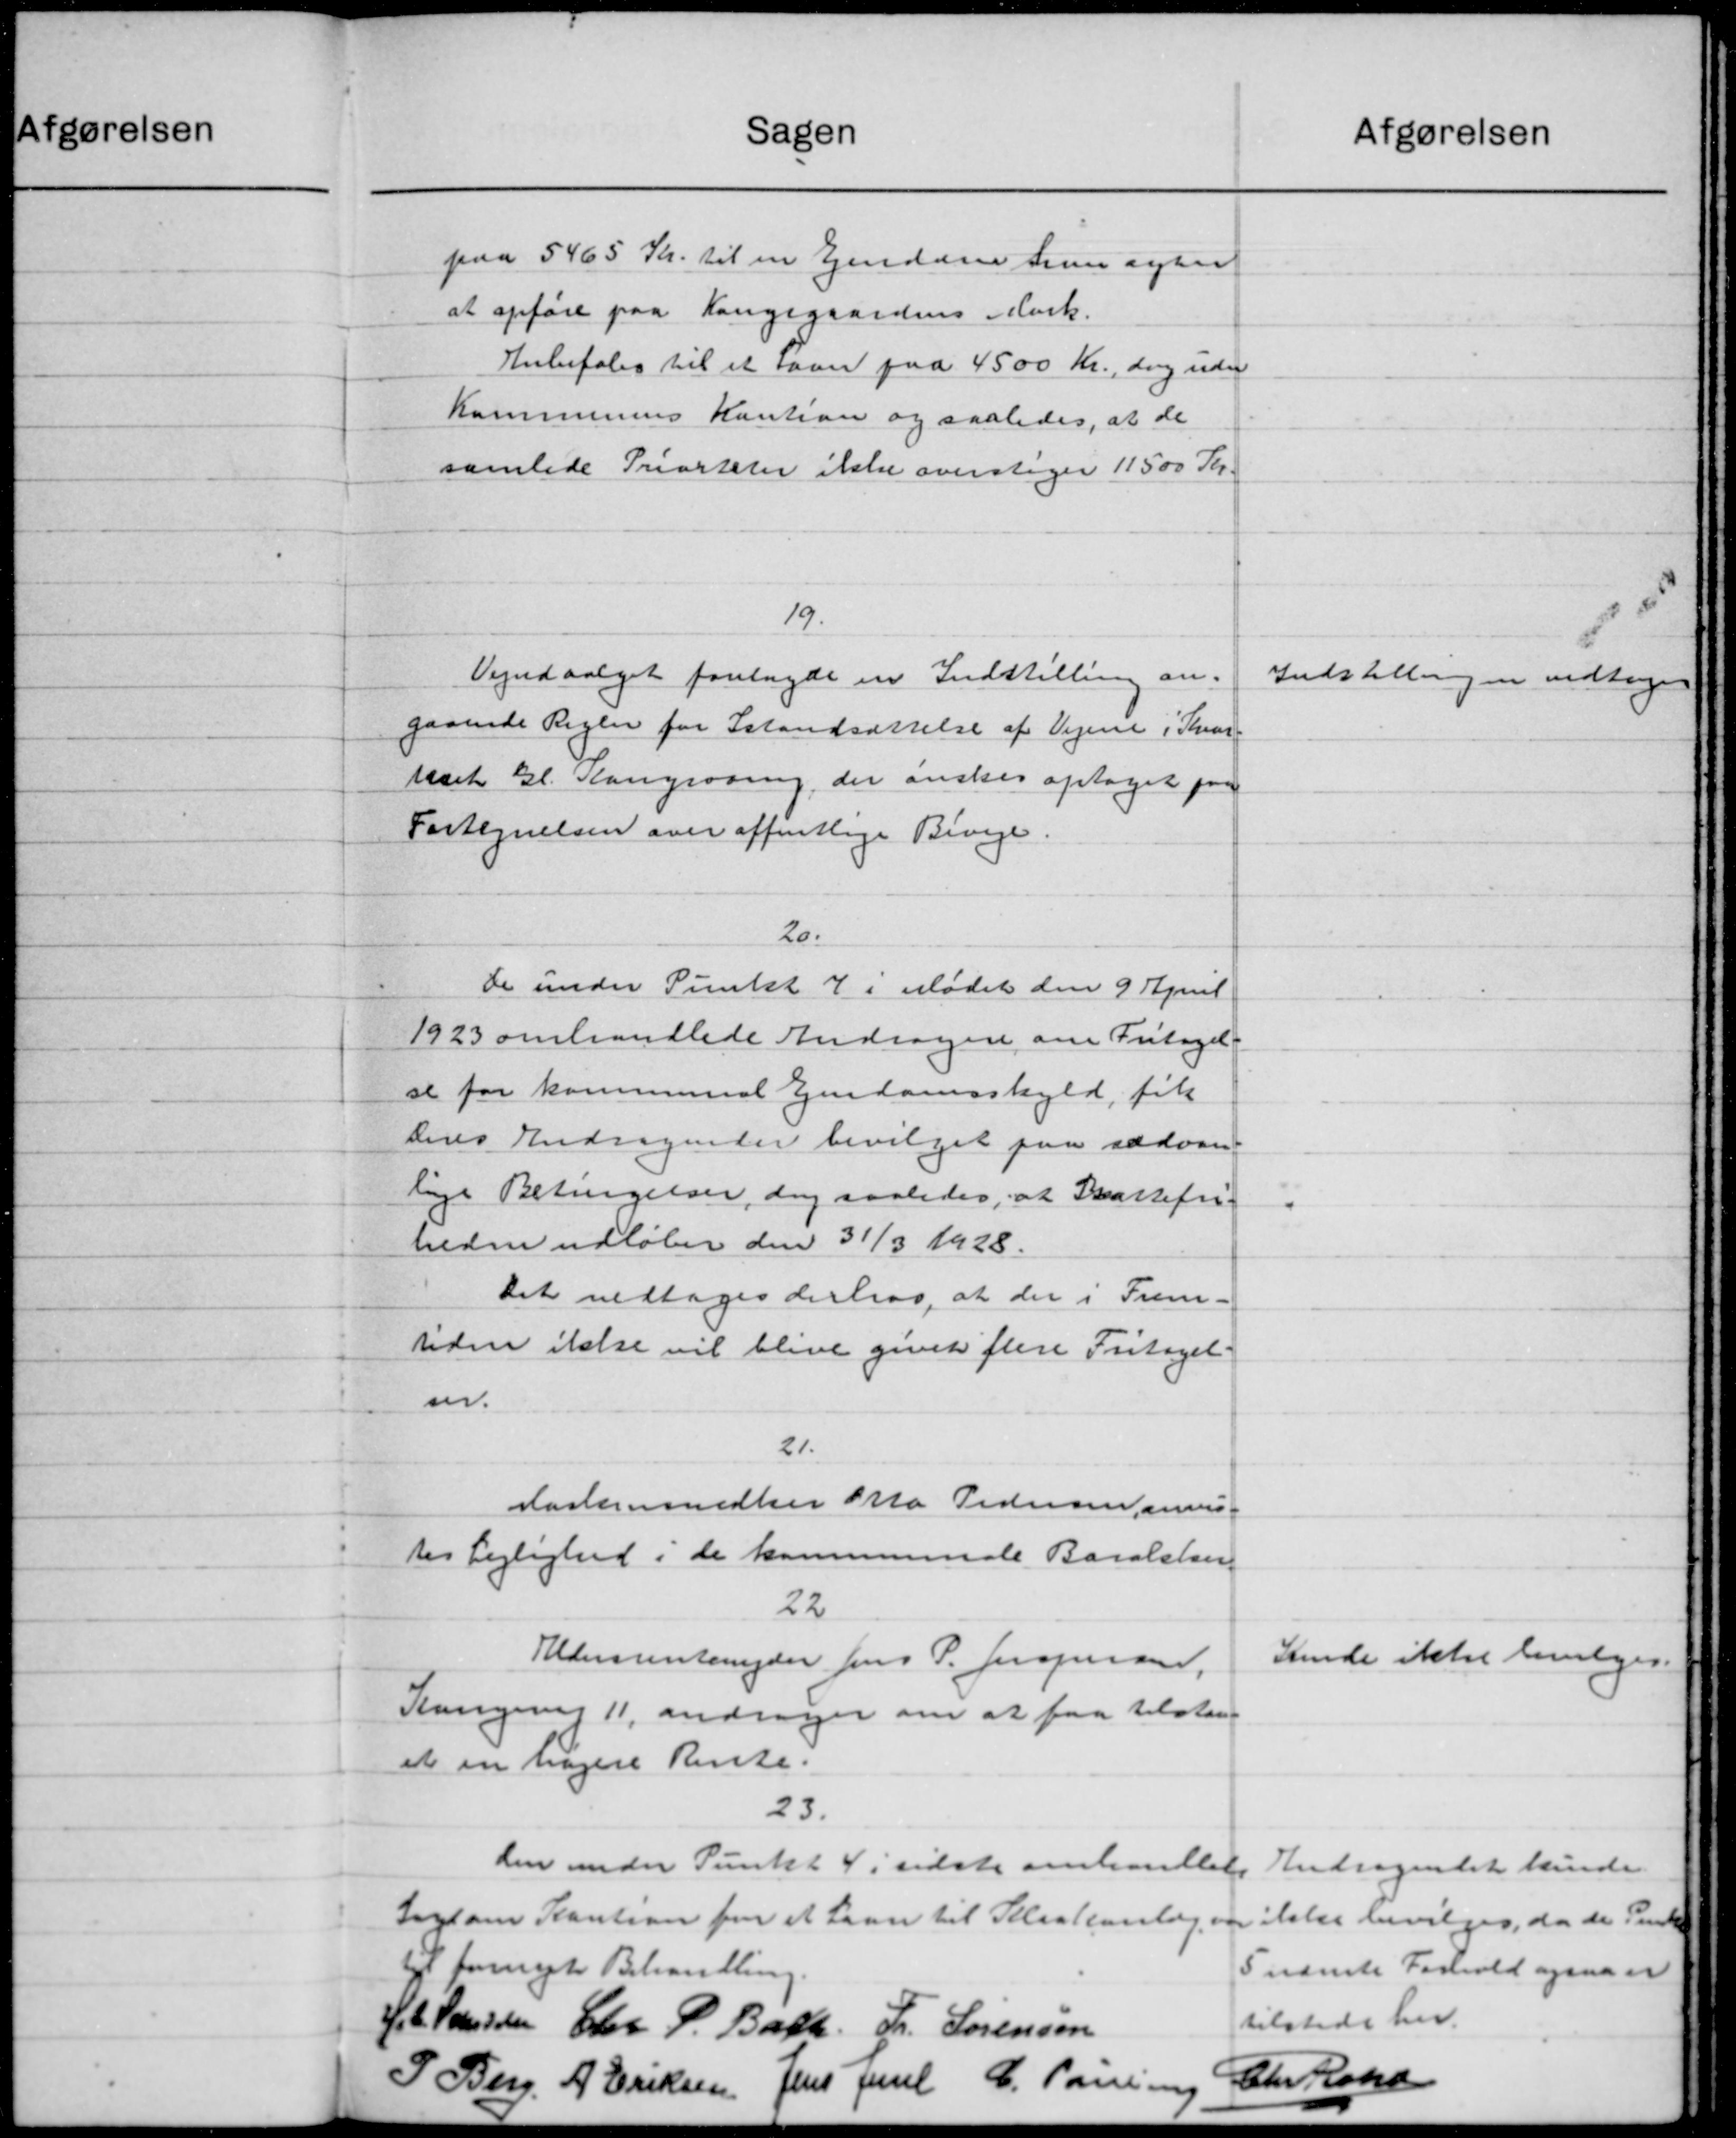
Transskription:
Sagen
paa 5465 Kr. til en Ejendom hun agter
at opføre paa Kongegaardens Mark.
Anbefales til et Laan paa 4500 Kr., dog uden
Kommunens Kaution og saaledes, at de
samlede Priorteter ikke overstager 11500 Kr.
19.
Vejudvalget forelagde en Indstilling an-
gaaende Regler for Istandsættelse af Vejene i Kvar-
uset Gl. Kongraarup, der ønskes optaget paa
Fortegnelsen over offentlige Biveje.
20.
De under Punkt 7 i Mødet den 9 April
1923 omhandlede Andrager om Fritagels
se for kommunal Ejendomsskyld fik
Deres Andragender bevilget paa sædvan-
lige Betingelser, dog saaledes, at Skattefri-
heden udløber den 31/3 1928.
Det vedtoges derhos, at der i Frem-
Uden ikke vil blive givet flere Fritagel-
m.
21.
Aartemedlem Fra Pedersen anvis-
tes Lejlighed i de kommunale Baralsker
22
Aldersrentenyder Jens P. Jespersen,
Kangevej 11, andrager om at faa tilstaae
et en tagere Rente.
23.
den under Punkt 4 i sidste omhandlede
Ingsom Kaution for et Laan til Selsakanlæg.
"
til fornyet Behandling.
J. L. Sørensen Elev P. Bach Fr. Sørensen
P Ben A. Eriksen Jens Juul C. Parsen
"